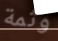
وثمة